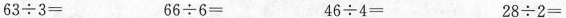
63\div3= 66\div6= 46\div4= 28\div2=